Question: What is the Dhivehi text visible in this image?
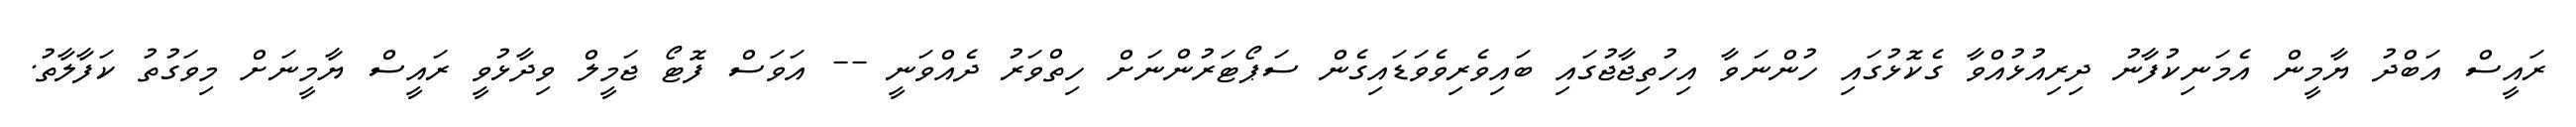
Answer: ރައީސް އަބްދު ޔާމީން އެމަނިކުފާނު ދިރިއުޅުއްވާ ގެކޮޅުގައި ހުންނަވާ އިހުތިޖާޖުގައި ބައިވެރިވެވަޑައިގެން ސަޕޯޓަރުންނަށް ހިތްވަރު ދެއްވަނީ -- އަވަސް ފޮޓޯ ޖަމީލް ވިދާޅުވީ ރައީސް ޔާމީނަށް މިވަގުތު ކަފާލާތު.